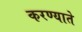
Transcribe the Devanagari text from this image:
करण्याते